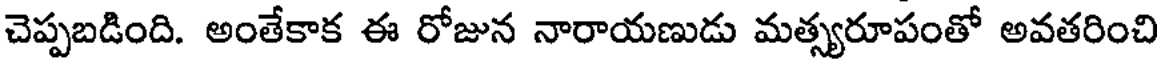
చెప్పబడింది. అంతేకాక ఈ రోజున నారాయణుడు మత్స్యరూపంతో అవతరించి